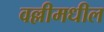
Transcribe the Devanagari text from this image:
वल्लीमधील